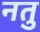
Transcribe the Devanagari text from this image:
नतु